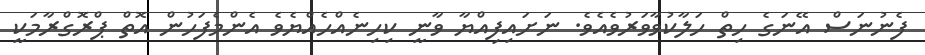
ފެނުނަސް އޭނަގެ ހިތް ހަލާކުވާވަރުވެއެވެ. ނަށައިފިއްޔާ ވާނީ ކިހިނެއްހެއްޔެވެ އެންމެފަހުން އޮތް ޕްރޮގްރާމަކީ